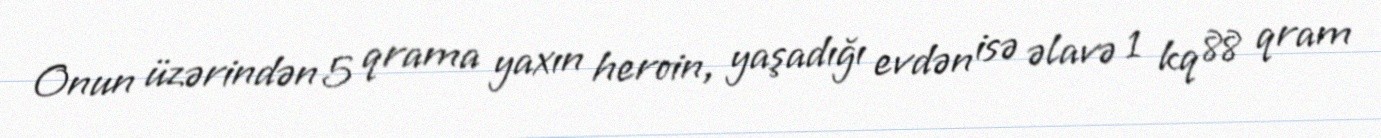
Onun üzərindən 5 qrama yaxın heroin, yaşadığı evdən isə əlavə 1 kq 88 qram